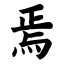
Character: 焉